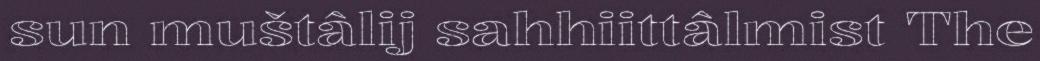
sun muštâlij sahhiittâlmist The